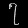
Digit: ၇